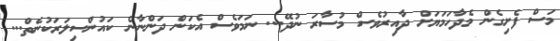
މަސް ފެށިގެން މެދާހަމަޔަށް ދާއިރުވެސް މުސާރަ ނުދޭ... ނަމަވެސް އެކަން ދަންނާނެ ކައުންސިލަރަކުނެތް...